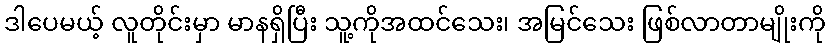
ဒါပေမယ့် လူတိုင်းမှာ မာနရှိပြီး သူ့ကိုအထင်သေး၊ အမြင်သေး ဖြစ်လာတာမျိုးကို